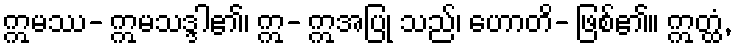
ဣမဿ- ဣမသဒ္ဒါ၏၊ ဣ- ဣအပြု သည်၊ ဟောတိ- ဖြစ်၏။ ဣတ္ထံ,